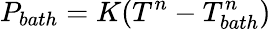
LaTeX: P_{bath}=K(T^{n}-T_{bath}^{n})